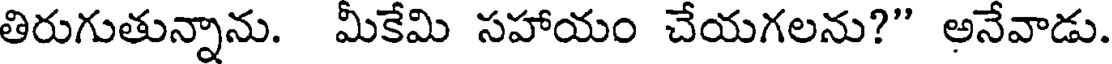
తిరుగుతున్నాను. మీకేమి సహాయం చేయగలను?" అనేవాడు.